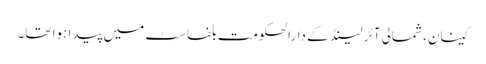
کینان، شمالی آئر لینڈ کے دارالحکومت بلفاسٹ میں پیدا ہوا تھا۔